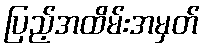
ပြည့်အထိမ်းအမှတ်